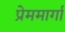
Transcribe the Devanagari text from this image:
प्रेममार्गा